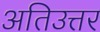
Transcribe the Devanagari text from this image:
अतिउत्तर